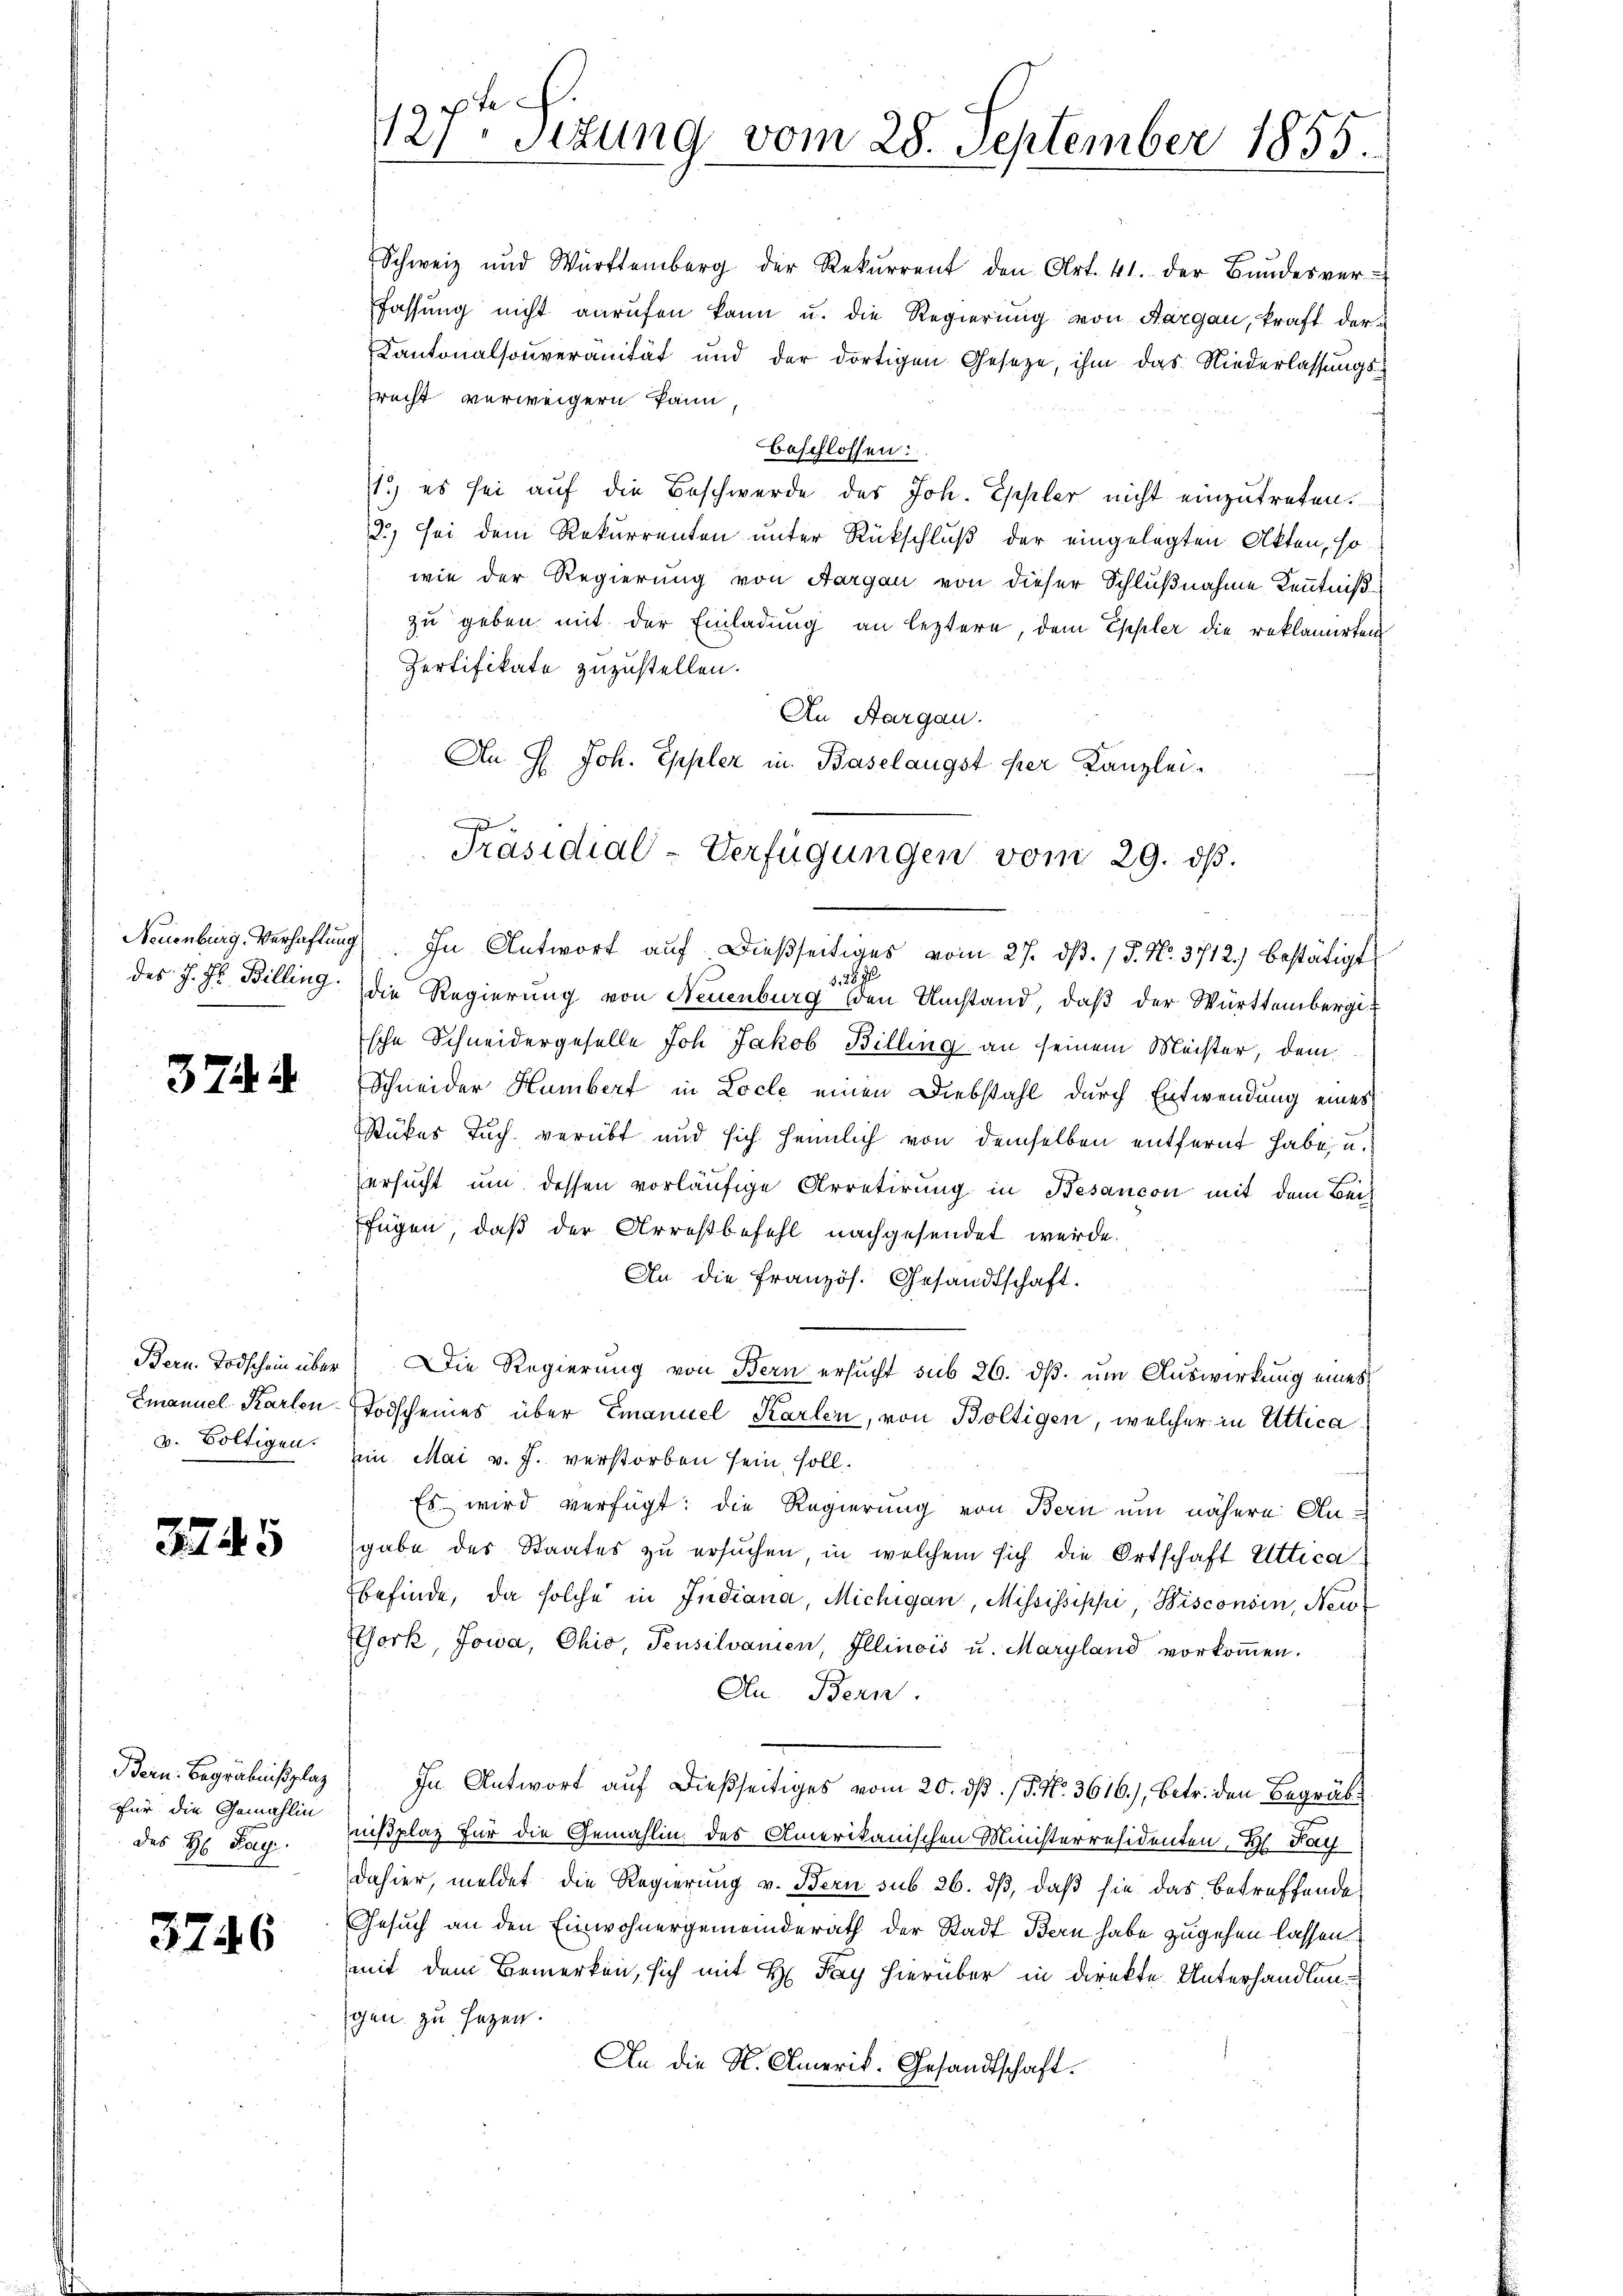
3744.

Bern Todschein über
Emanuel Karten
v. Boltigen.

345

Bern. Begräbnißplaz
Für die Gemahlin
des H. Pag.

3746

127ten Sizung vom 28. September 1855.

Schweiz und Württemberg der Rekŭrrent den Art. 41. der Bŭndesver-
fassung nicht anrufen kann u. die Regierung von Aargau, kraft der
Kantonalsouveranität und der dortigen Gesetze, ihm das Niederlassungssrecht verweigern kann,
beschlossen:
1) es sei auf die Beschwerde des Joh. Eschler nicht einzutreten.
2.) Sei dem Rekurrenten unter Rückschluß der eingelegten Akten, so
wie der Regierung von Aargau von dieser Schlußnahme Kenntniß
zu geben, mit der Einladung an leztere, dem Eppler die reklamirten
Pertifikate zuzustellen.
An Aargau.
An H. Joh. Eppler in Baselangst her Kanzlei-
S. 28. 70.
des J. J. Billing. Die Regierung von Neuenburg den Umstand, daß der Württembergische Schneidergeselle Joh. Jakob Billing an seinem Meister, dem
Schneider Humbert in Locle einen Diebstahl durch Entwendung eines
Stückes Tuch verübt und sich heimlich von demselben entfernt habe u.
ersucht um dessen vorläufige Arretirung in Besancon mit dem Beih
fügen, daß der Arrestbefehl nachgesendet werde.
An die französ. Gesandtschaft.
Die Regierung von Bern ersucht sub 26. dβ. um Auswirkung eines
Todscheines über Emanuel Karlen, von Boltigen, welcher in Attica
ein Mai v. J. verstorben sein soll.
Es wird verfügt: die Regierung von Bern um nähere Angabe des Staates zu ersuchen, in welchem sich die Ortschaft Uttica
befinde, da solche in Indiana, Michigan, Mississippi, Bisconsin, Neu¬
Esork, Jowa, Ohio, Pensilvanien, Illinois u. Maryland vorkoṁen.
An Bern.
In Antwort auf dießseitiges vom 20. dß. / 5. No. 3616), betr. den Begräbnißplaz für die Gemahlin des Amerikanischen Ministerresidenten, H. Pay
dahier, meldet die Regierung v. Bern sub 26. dβ, daß sie das betreffende
Gesuch an den Einwohnergemeinderath der Stadt Bern habe zugehen lassen.
mit dem Bemerken, sich mit H. Tag hierüber in direkte Unterhandlungen zu sezen.
An die K. Amerik. Gesandtschaft.

e
Präsidial-Verfügungen vom 29. ds.
Neuenburg. Verhaftung. In Antwort auf dießseitiges vom 27. dß. / 5. No. 3712.) bestätigt